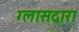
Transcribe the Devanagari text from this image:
ग्लासद्वारा